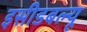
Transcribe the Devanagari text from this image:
इसीडबल्यू